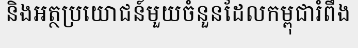
និងអត្ថប្រយោជន៍មួយចំនួនដែលកម្ពុជារំពឹង